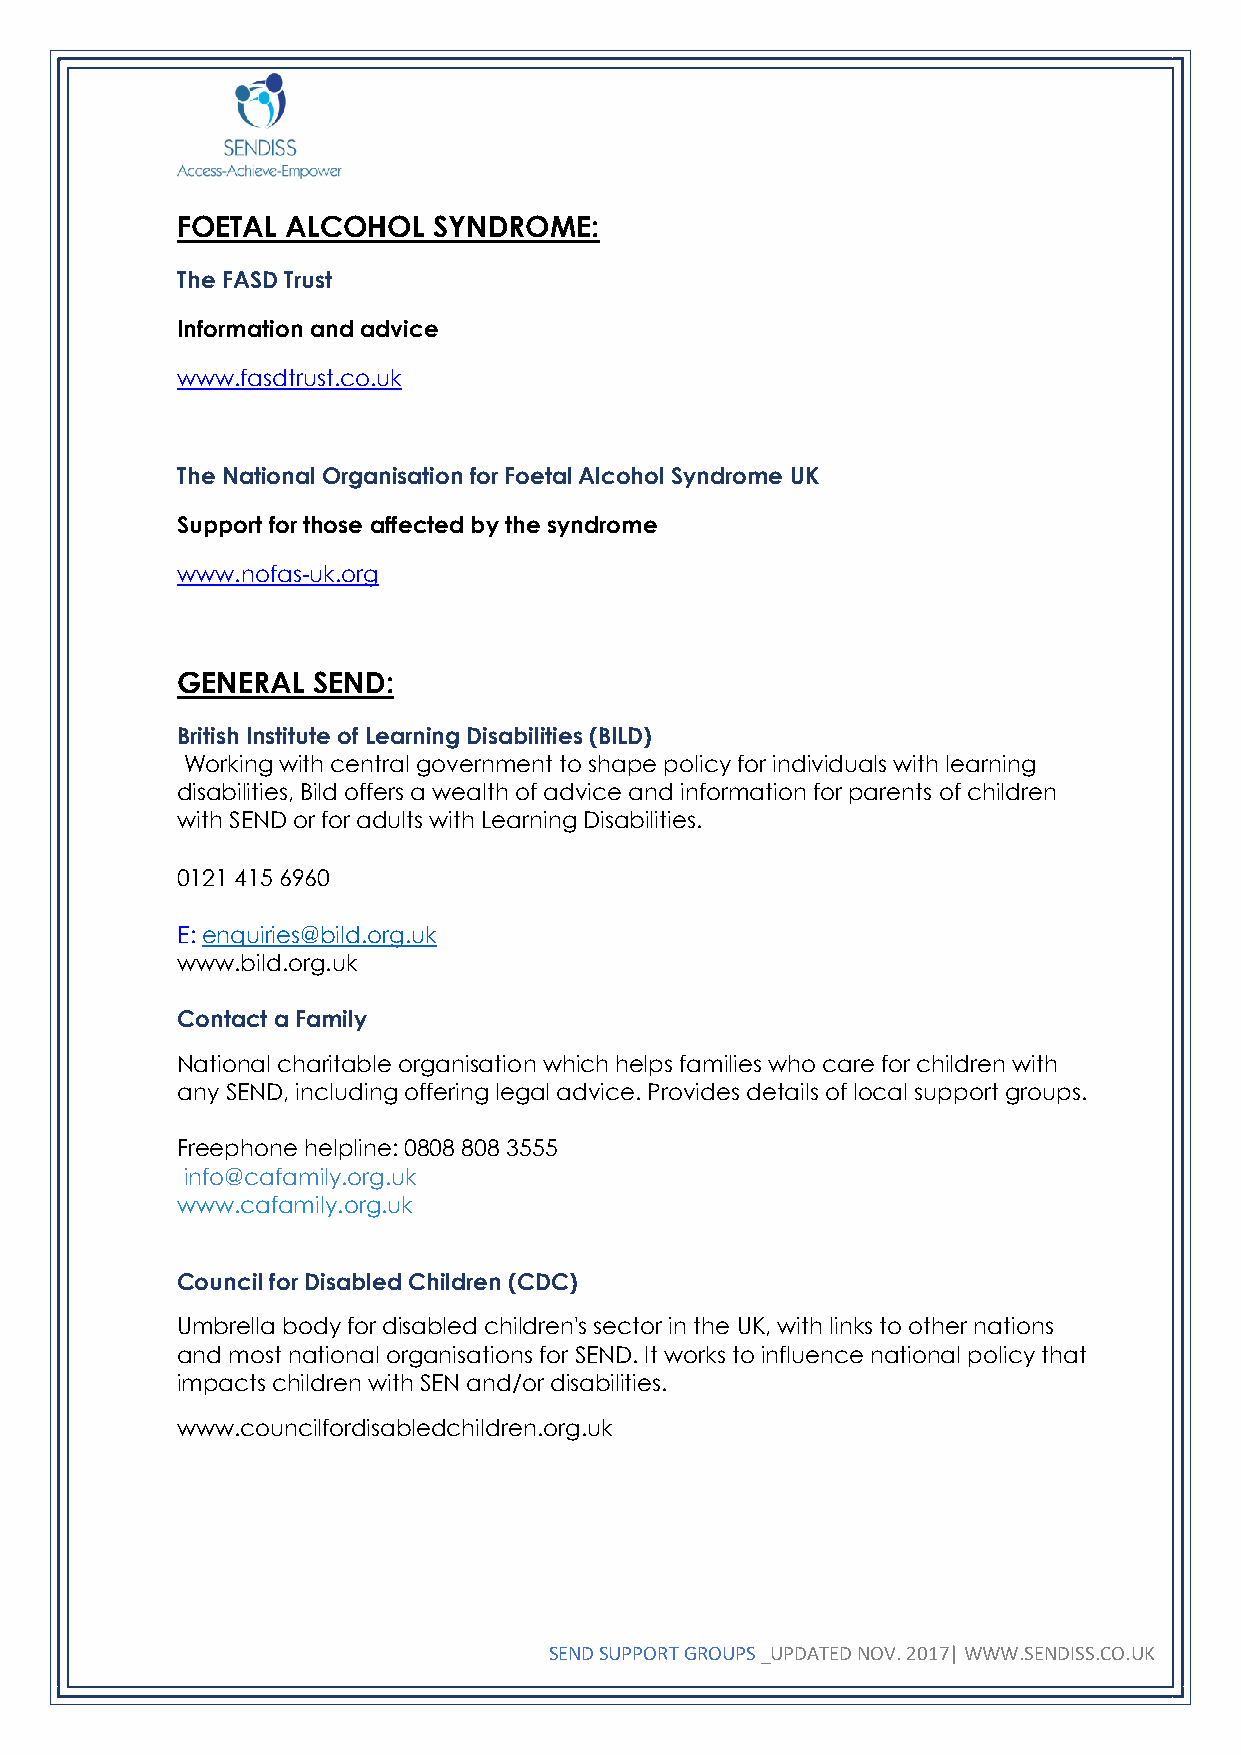
FOETAL ALCOHOL   SYNDROME:
 The FASD Trust
 Information and advice
 www.fasdtrust.co.uk
 The National Organisation for Foetal Alcohol Syndrome UK
 Support for those affected by the syndrome
 www.nofas-uk.org
 GENERAL  SEND:
 British Institute of Learning Disabilities (BILD)
 Working with central government to shape policy for individuals with learning
 disabilities, Bild offers a wealth of advice and information for parents of children
 with SEND or for adults with Learning Disabilities.
 0121 415 6960
 E: enquiries@bild.org.uk
 www.bild.org.uk
 Contact a Family
 National charitable organisation which helps families who care for children with
 any SEND, including offering legal advice. Provides details of local support groups.
 Freephone helpline: 0808 808 3555
 info@cafamily.org.uk
 www.cafamily.org.uk
 Council for Disabled Children (CDC)
 Umbrella body for disabled children's sector in the UK, with links to other nations
 and most national organisations for SEND. It works to influence national policy that
 impacts children with SEN and/or disabilities.
 www.councilfordisabledchildren.org.uk
 SEND SUPPORT GROUPS _UPDATED NOV. 2017| WWW.SENDISS.CO.UK